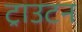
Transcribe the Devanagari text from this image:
ट्राउटन